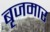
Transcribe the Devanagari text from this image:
बृजमार